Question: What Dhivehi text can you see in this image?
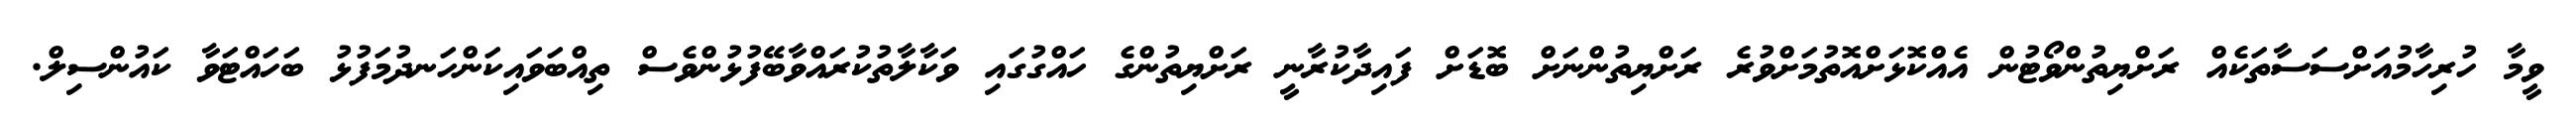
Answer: ވީމާ ހުރިހާމުއަށްސަސާތަކެއް ރަށްޔިތުންވޯޓުން އެއްކޮޅަށްއޮތުމަށްވުރެ ރަށްޔިތުންނަށް ބޮޑަށް ފައިދާކުރާނީ ރަށްޔިތުންގެ ހައްގުގައި ވަކާލާތުކުރައްވާބޭފުޅުންވެސް ތިއްބަވައިކަންހަނދުމަފުޅު ބަހައްޓަވާ ކައުންސިލް.